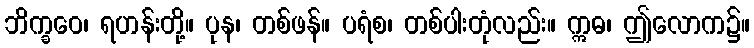
ဘိက္ခဝေ၊ ရဟန်းတို့။ ပုန၊ တစ်ဖန်။ ပရံစ၊ တစ်ပါးတုံလည်း။ ဣဓ၊ ဤလောက၌။